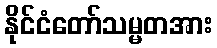
နိုင်ငံတော်သမ္မတအား